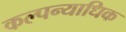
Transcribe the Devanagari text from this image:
कल्पन्याधिक